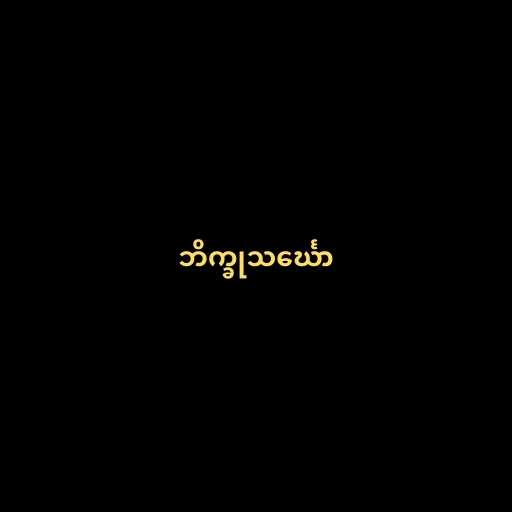
ဘိက္ခုသင်္ဃော